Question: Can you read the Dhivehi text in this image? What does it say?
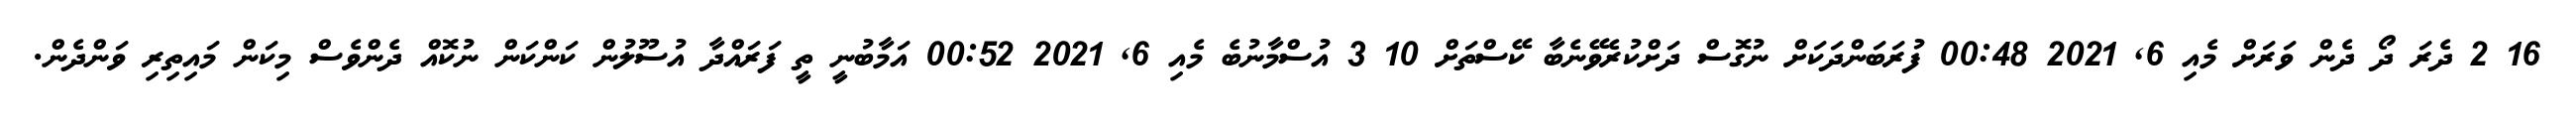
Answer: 16 2 ދެރަ ދޯ ދެން ވަރަށް މެއި 6, 2021 00:48 ފުރަބަންދަކަށް ނުގޮސް ދަށްކުރެވޭނެބާ ކޭސްތަށް 10 3 އުސްމާނުބެ މެއި 6, 2021 00:52 އަމާބުނީ ތީ ފަރައްދާ އުސޫލުން ކަންކަން ނުކޮއް ދެންވެސް މިކަން މައިތިރި ވަންދެން.